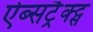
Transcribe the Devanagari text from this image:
ऐब्सट्रैक्ट्स